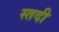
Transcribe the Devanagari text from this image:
स्तदी